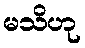
မသိဟု